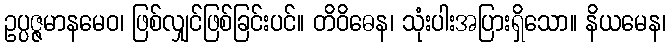
ဥပ္ပဇ္ဇမာနမေဝ၊ ဖြစ်လျှင်ဖြစ်ခြင်းပင်။ တိဝိဓေန၊ သုံးပါးအပြားရှိသော။ နိယမေန၊